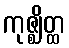
ကုဇ္ဈိတ္ထ